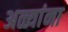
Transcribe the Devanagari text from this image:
अळ्यांना